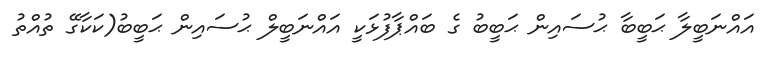
އައްނަބީލާ ޙަބީބާ ޙުސައިން ޙަބީބު ގެ ބައްޕާފުޅަކީ އައްނަބީލް ޙުސައިން ޙަބީބު(ކަކާގޭ ތުއްތު